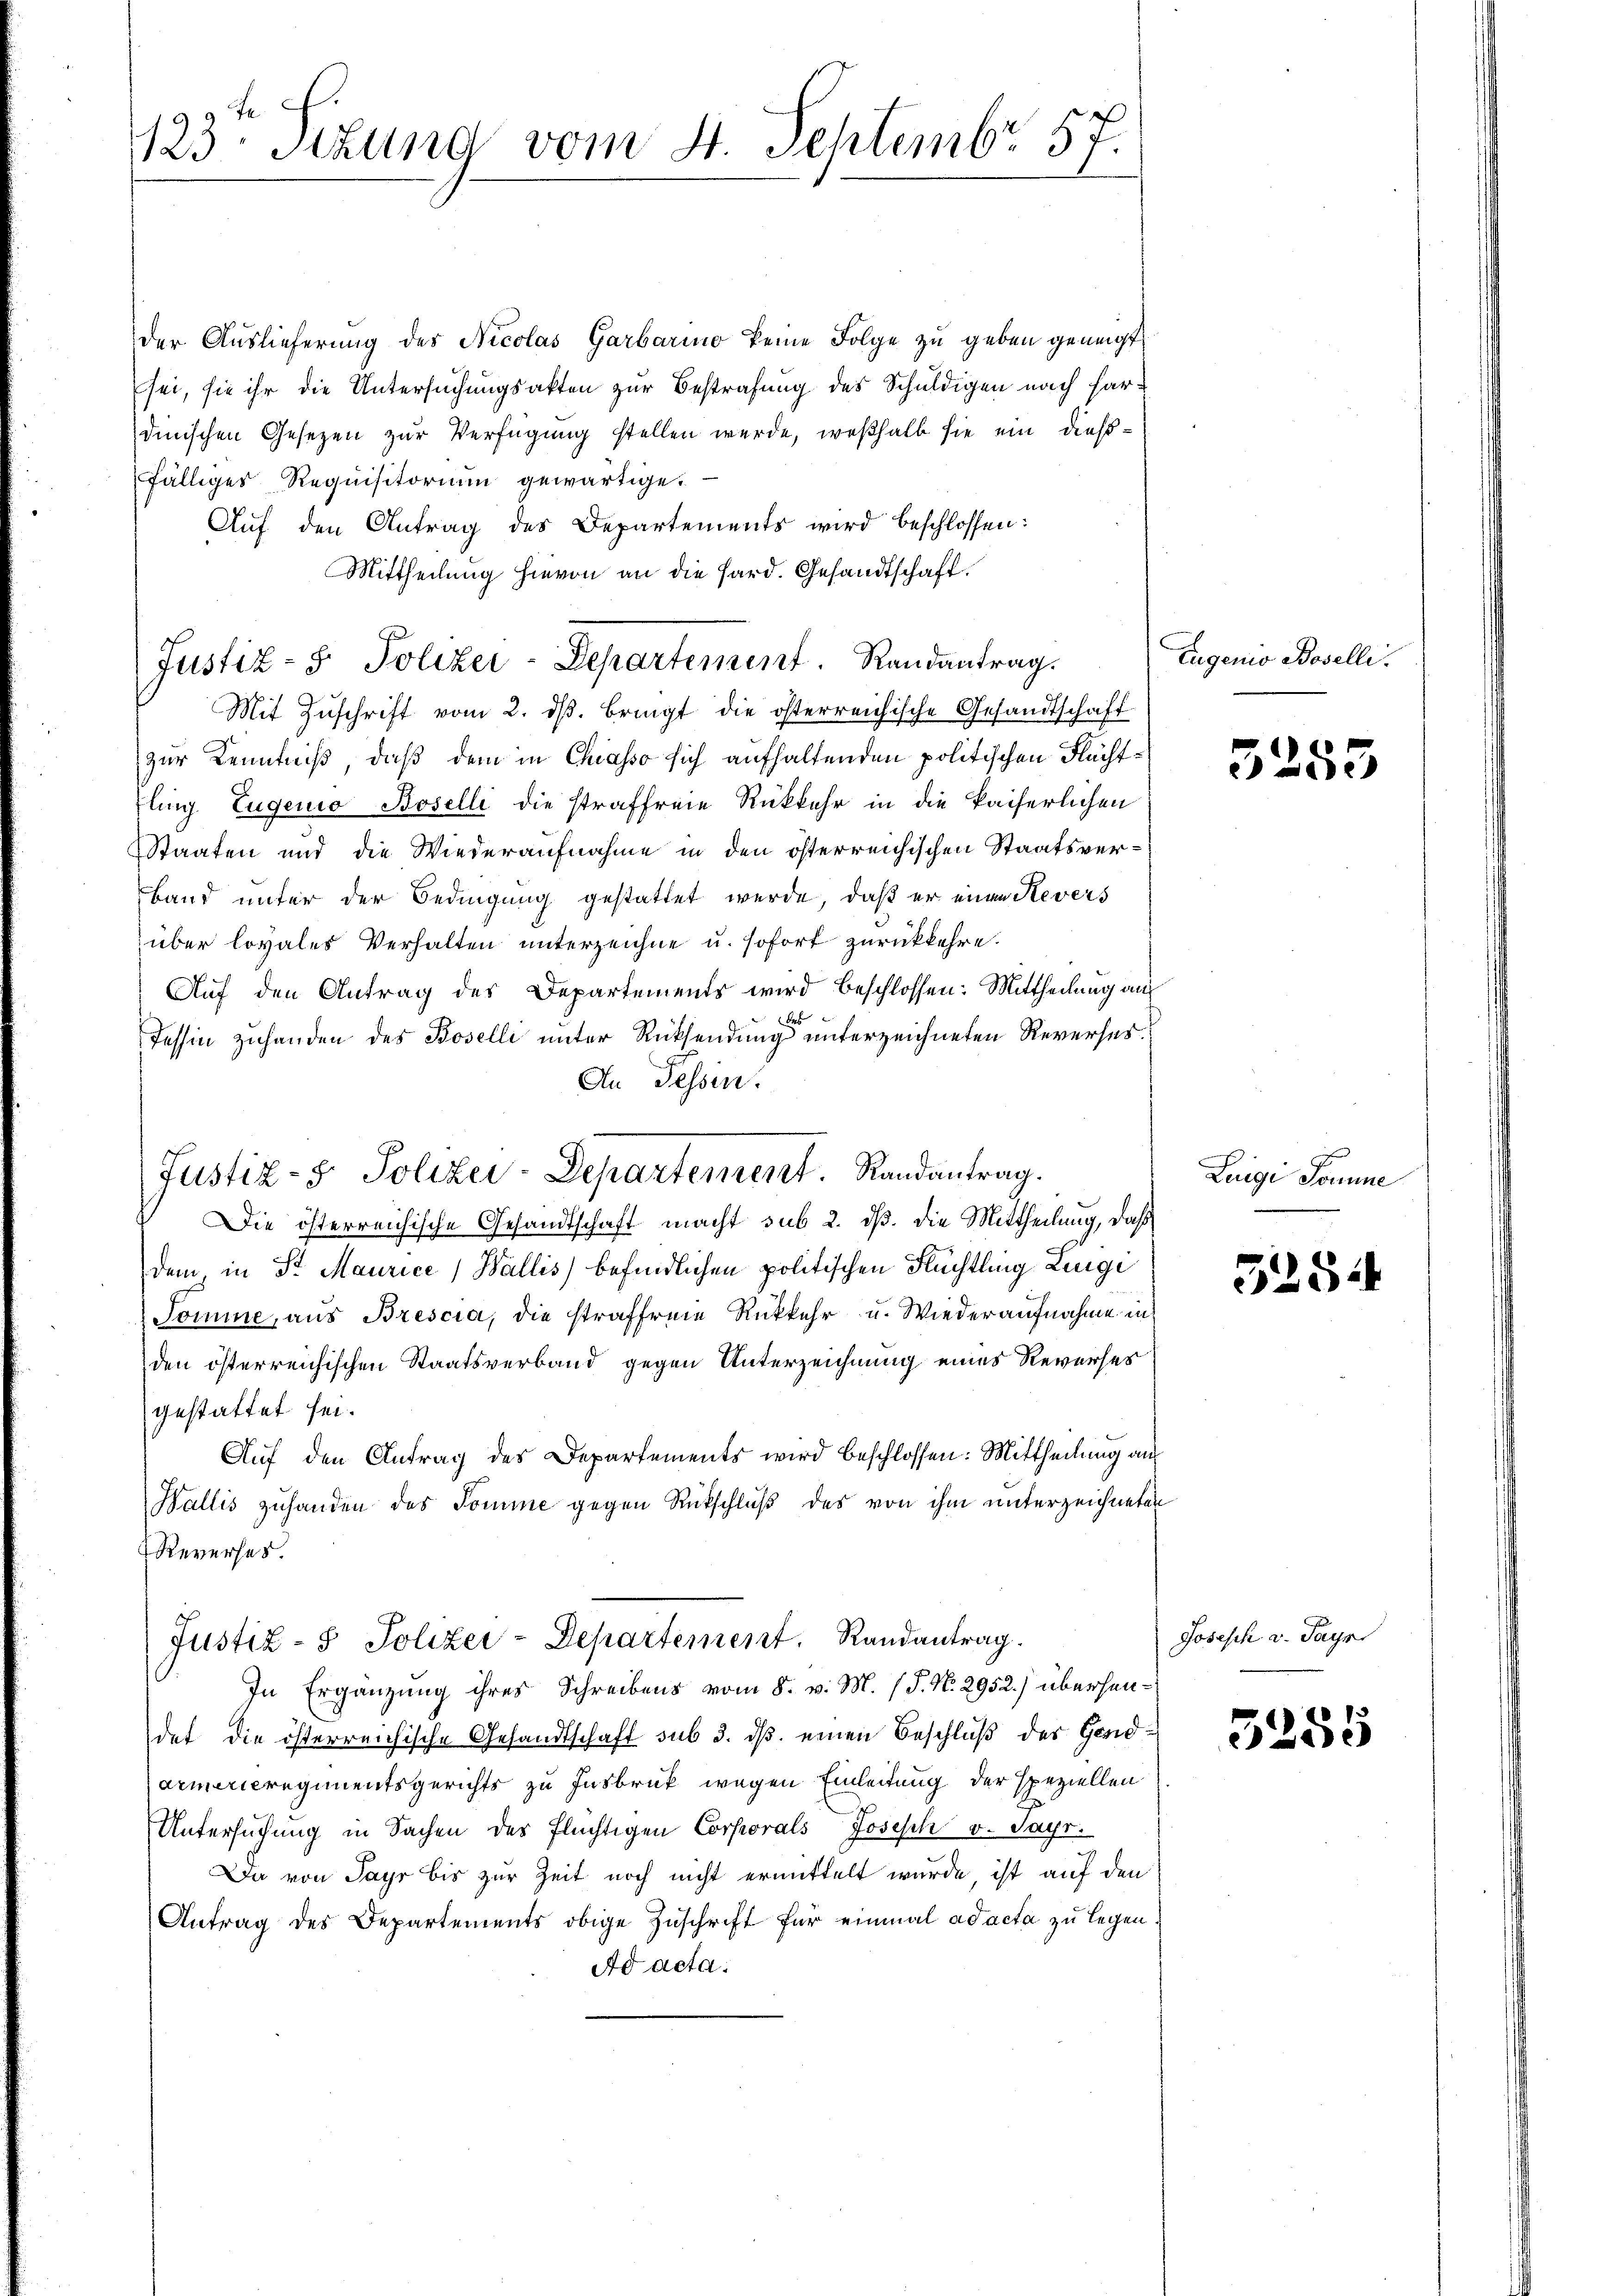
123 Stzung vom 4. Septembr 57.

der Auslieferung des Nicolas Garbario keine Folge zu geben geneigt,
sei, sie ihr die Untersuchungsakten zur Bestrafung des Schuldigen nach hardinischen Gesezen zur Verfügung stellen werde, weßhalb sie ein dießfälliges Requisitorium gewärtige.
Auf den Antrag des Departements wird beschlossen:
Mittheilung hievon an die Hard. Gesandtschaft.
Mit Zŭschrift vom 2. dβ. bringt die österreichische Gesandtschaft
zur Kenntniß, daß dem in Chiasso sich aufhaltenden politischen Fluchtling Eugenio Baselli die straffreie Rükkehr in die kaiserlichen
Staaten und die Wiederaufnahme in den österreichischen Staatsver¬
Band unter der Bedingung gestattet werde, daß er einen Revers
über lovales Verhalten unterzeichne u. sofort zurückkehre.
Auf den Antrag des Departements wird beschlossen: Mittheilung au
d
Tessin zuhanden des Boselli unter Rücksendung unterzeichneten Reverses.
An Tessin.
Die österreichische Gesandtschaft macht sub 2. dß. Die Mittheilung, daß
dem, in Sr Maurice, Wallis) befindlichen politischen Flüchtling Lunge
Tomine, aus Brescia, die straffreie Rükkehr u. Wiederaufnahme in
den österreichischen Staatsverband gegen Unterzeichnung eines Reverses
gestattet sei.
Auf den Antrag des Departements wird beschlossen: Mittheilung auf
Wallis zuhanden des Somme gegen Rückschluß des von ihm unterzeichneten
Reverses
Justiz- & Polizei-Departement. Randantrag.
In Ergänzung ihres Schreibens vom 8. v. M. (T. N. 2952.) übersendet die österreichische Gesandtschaft sub 3. ds. einen Beschluß der Gendarmerieregimentsgerichts zu Insbruk wegen Einleitung der speziellen
Untersuchung in Sachen des flüchtigen Corporals Joseph v. Sayr.
Da von Payr bis zur Zeit noch nicht ermittelt wurde, ist auf den
Antrag des Departements obige Zuschrift für einmal ad acta zu legen
Ad acta.

Justiz- & Polizei-Departement. Randantrag.

Justiz- & Polizei-Departement. Randantrag.

Eugenio Baselli.

5255

Luigi Somme

525

Joseph v. Payr

3285